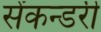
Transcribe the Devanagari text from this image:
सेंकन्‍डरी